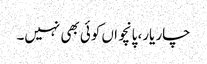
چار یار، پانچواں کوئی بھی نہیں۔